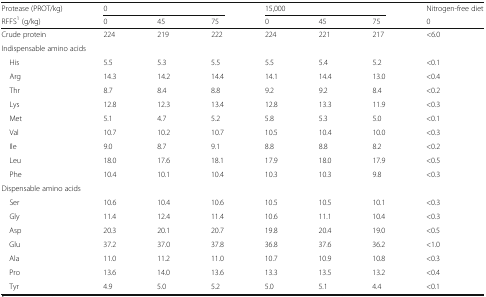
| Protease (PROT/kg) | <COLSPAN=3> 0 | <COLSPAN=3> 15,000 | Nitrogen-free diet |
 | RFFS1 (g/kg) | 0 | 45 | 75 | 0 | 45 | 75 | 0 |
 | --- | --- | --- | --- | --- | --- | --- | --- |
 | Crude protein | 224 | 219 | 222 | 224 | 221 | 217 | <6.0 |
 | <COLSPAN=8> Indispensable amino acids |
 | His | 5.5 | 5.3 | 5.5 | 5.5 | 5.4 | 5.2 | <0.1 |
 | Arg | 14.3 | 14.2 | 14.4 | 14.1 | 14.4 | 13.0 | <0.4 |
 | Thr | 8.7 | 8.4 | 8.8 | 9.2 | 9.2 | 8.4 | <0.2 |
 | Lys | 12.8 | 12.3 | 13.4 | 12.8 | 13.3 | 11.9 | <0.3 |
 | Met | 5.1 | 4.7 | 5.2 | 5.8 | 5.3 | 5.0 | <0.1 |
 | Val | 10.7 | 10.2 | 10.7 | 10.5 | 10.4 | 10.0 | <0.3 |
 | Ile | 9.0 | 8.7 | 9.1 | 8.8 | 8.8 | 8.2 | <0.2 |
 | Leu | 18.0 | 17.6 | 18.1 | 17.9 | 18.0 | 17.9 | <0.5 |
 | Phe | 10.4 | 10.1 | 10.4 | 10.3 | 10.3 | 9.8 | <0.3 |
 | <COLSPAN=8> Dispensable amino acids |
 | Ser | 10.6 | 10.4 | 10.6 | 10.5 | 10.5 | 10.1 | <0.3 |
 | Gly | 11.4 | 12.4 | 11.4 | 10.6 | 11.1 | 10.4 | <0.3 |
 | Asp | 20.3 | 20.1 | 20.7 | 19.8 | 20.4 | 19.0 | <0.5 |
 | Glu | 37.2 | 37.0 | 37.8 | 36.8 | 37.6 | 36.2 | <1.0 |
 | Ala | 11.0 | 11.2 | 11.0 | 10.7 | 10.9 | 10.8 | <0.3 |
 | Pro | 13.6 | 14.0 | 13.6 | 13.3 | 13.5 | 13.2 | <0.4 |
 | Tyr | 4.9 | 5.0 | 5.2 | 5.0 | 5.1 | 4.4 | <0.1 |